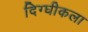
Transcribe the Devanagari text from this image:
दिग्घीकला